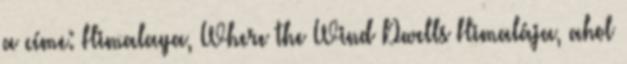
a címe: Himalaya, Where the Wind Dwells Himalája, ahol